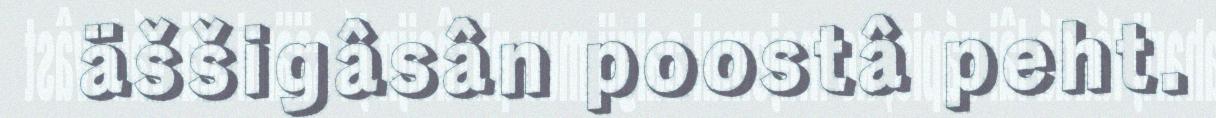
äššigâsân poostâ peht.